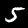
Digit: 5